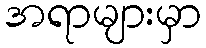
အရာများမှာ